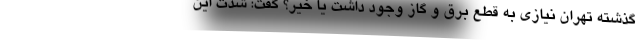
گذشته تهران نیازی به قطع برق و گاز وجود داشت یا خیر؟ گفت: شدت این